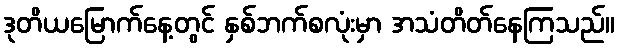
ဒုတိယမြောက်နေ့တွင် နှစ်ဘက်စလုံးမှာ အသံတိတ်နေကြသည်။